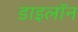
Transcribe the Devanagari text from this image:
डाइलॉन